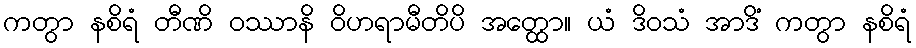
ကတွာ နစိရံ တီဏိ ဝဿာနိ ဝိဟရာမီတိပိ အတ္ထော။ ယံ ဒိဝသံ အာဒိံ ကတွာ နစိရံ